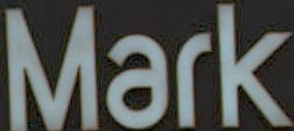
Mark